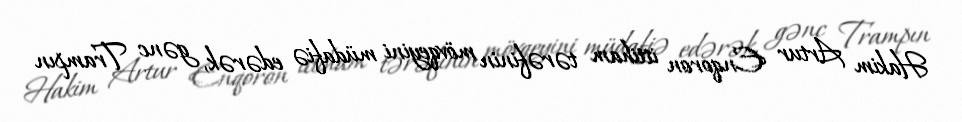
Hakim Artur Enqoron ittiham tərəfinin mövqeyini müdafiə edərək, gənc Trampın